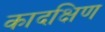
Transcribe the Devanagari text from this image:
कादक्षिण